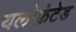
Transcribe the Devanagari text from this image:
यलोफ्रंटेड